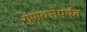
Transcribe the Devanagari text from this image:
गुणवत्तेपर्यंत